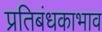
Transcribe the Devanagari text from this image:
प्रतिबंधकाभाव